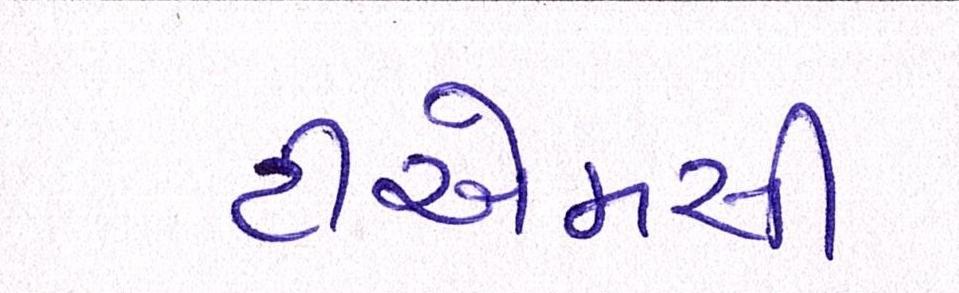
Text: ટીએમસી